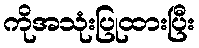
ကိုအသုံးပြုထားပြီး